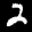
Label: 2